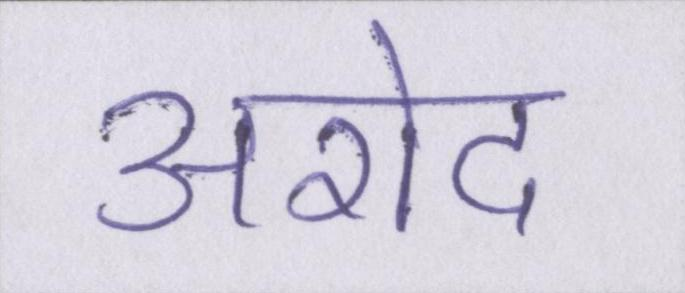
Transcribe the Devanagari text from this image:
अरोद